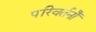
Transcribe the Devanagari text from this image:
परिवर्तनोँ